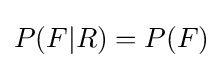
P(F|R)=P(F)